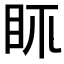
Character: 𥄙